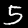
Digit: 5